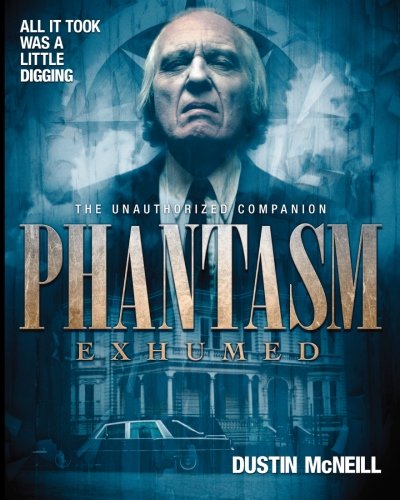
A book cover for Phantasm Exhumed: The Unauthorized Companion; Dustin McNeill; Humor & Entertainment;